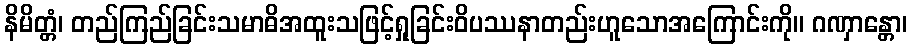
နိမိတ္တံ၊ တည်ကြည်ခြင်းသမာဓိအထူးသဖြင့်ရှုခြင်းဝိပဿနာတည်းဟူသောအကြောင်းကို။ ဂဏှာန္တော၊